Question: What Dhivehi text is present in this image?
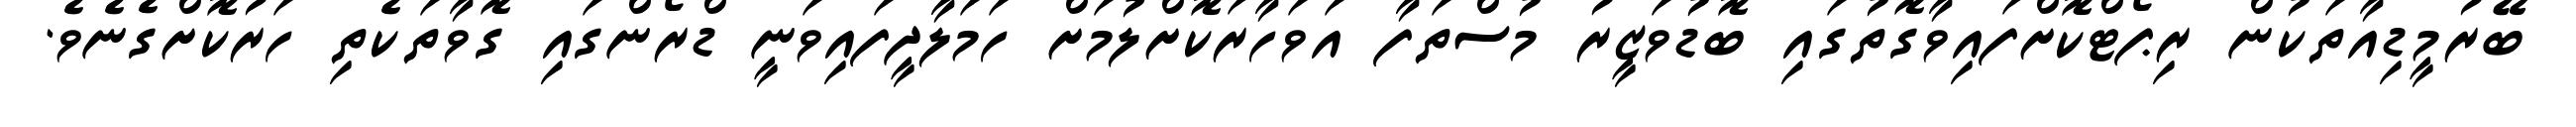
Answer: ބޭރުމީޑިއާތަކުން ރިޕޯޓްކޮށްފައިވާގޮތުގައި ބޮޑުވަޒީރު މުސްތަފާ އަވަހާރަކޮށްލުމަށް ހަމަލާދީފައިވަނީ ޑްރޯންގައި ގޮވާތަކެތި ހަރުކޮށްގެނެވެ.